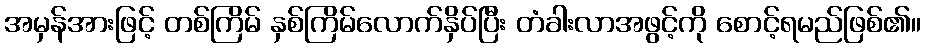
အမှန်အားဖြင့် တစ်ကြိမ် နှစ်ကြိမ်လောက်နှိပ်ပြီး တံခါးလာအဖွင့်ကို စောင့်ရမည်ဖြစ်၏။